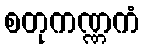
စတုကဏ္ဏကံ